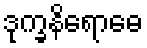
ဒုက္ခနိရောဓေ